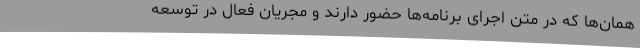
همان‌ها که در متن اجرای برنامه‌ها حضور دارند و مجریان فعال در توسعه